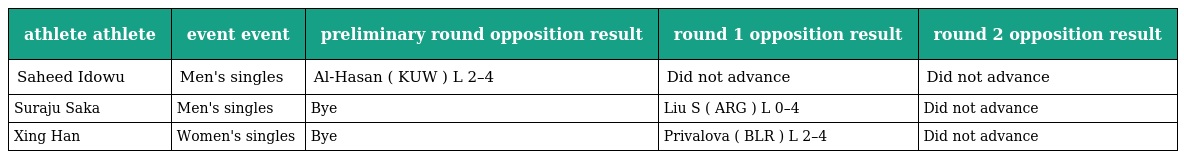
| athlete athlete | event event | preliminary round opposition result | round 1 opposition result | round 2 opposition result |
 | --- | --- | --- | --- | --- |
 | Saheed Idowu | Men's singles | Al-Hasan ( KUW ) L 2–4 | Did not advance | Did not advance |
 | Suraju Saka | Men's singles | Bye | Liu S ( ARG ) L 0–4 | Did not advance |
 | Xing Han | Women's singles | Bye | Privalova ( BLR ) L 2–4 | Did not advance |